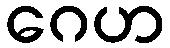
ဂေဟ